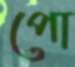
পো